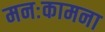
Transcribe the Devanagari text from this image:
मनःकामना